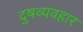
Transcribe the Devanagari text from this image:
दुषव्यवहार